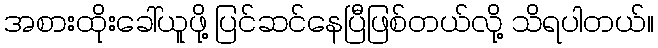
အစားထိုးခေါ်ယူဖို့ ပြင်ဆင်နေပြီဖြစ်တယ်လို့ သိရပါတယ်။